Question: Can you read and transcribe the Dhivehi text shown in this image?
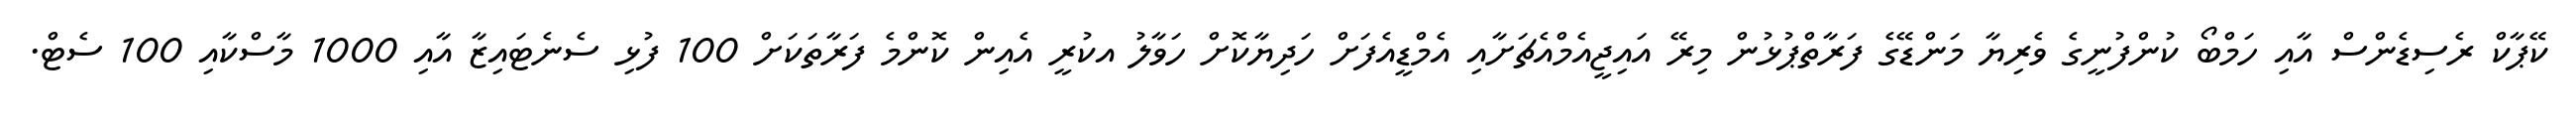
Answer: ކޭޕާކް ރެސިޑެންސް އާއި ހަމްބޯ ކުންފުނީގެ ވެރިޔާ މަންޑޭގެ ފަރާތްޕުޅުން މިރޭ އައިޖީއެމްއެޗަށާއި އެމްޑީއެފަށް ހަދިޔާކޮށް ހަވާލު އކުރީ އެއިން ކޮންމެ ފަރާތަކަށް 100 ފުޅި ސެނެޓައިޒާ އާއި 1000 މާސްކާއި 100 ސެޓް.